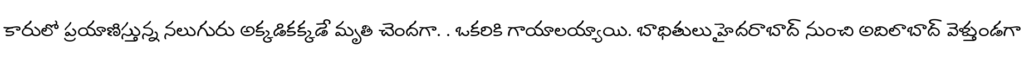
కారులో ప్రయాణిస్తున్న నలుగురు అక్కడికక్కడే మృతి చెందగా. . ఒకరికి గాయాలయ్యాయి. బాధితులు హైదరాబాద్ నుంచి అదిలాబాద్ వెళ్తుండగా